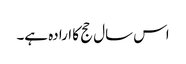
اس سال حج کا ارادہ ہے۔